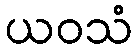
ယဝသံ